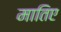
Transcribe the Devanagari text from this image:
मातिए